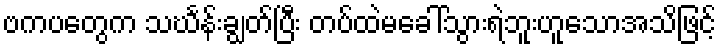
ဗကပတွေက သင်္ဃန်းချွတ်ပြီး တပ်ထဲမခေါ်သွားရဲဘူးဟူသောအသိဖြင့်